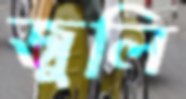
জুলি